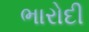
ભારોદી